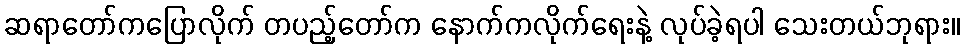
ဆရာတော်ကပြောလိုက် တပည့်တော်က နောက်ကလိုက်ရေးနဲ့ လုပ်ခဲ့ရပါ သေးတယ်ဘုရား။